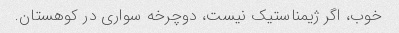
خوب، اگر ژیمناستیک نیست، دوچرخه سواری در کوهستان.